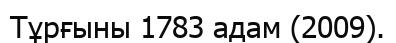
Тұрғыны 1783 адам (2009).